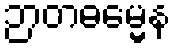
ဉာတဓမ္မေန